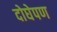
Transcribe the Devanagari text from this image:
दोघेपण